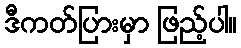
ဒီကတ်ပြားမှာ ဖြည့်ပါ။